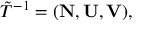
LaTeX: { \tilde { T } } ^ { - 1 } = ( { \bf N } , { \bf U } , { \bf V } ) ,